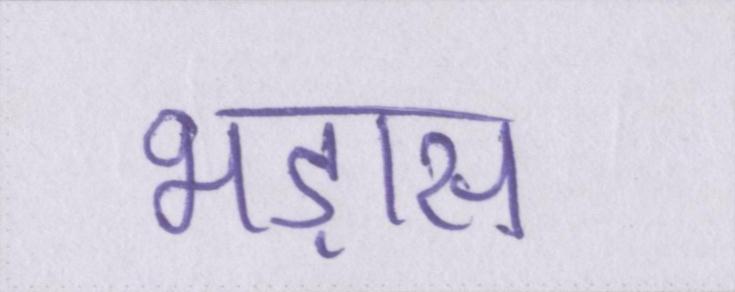
भड़ास